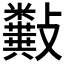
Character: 𣀰